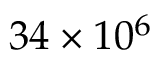
3 4 \times 1 0 ^ { 6 }